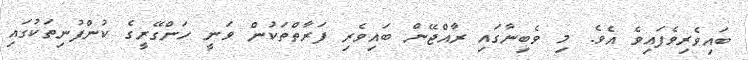
ބައިވެރިވެފައިވެ އެވެ. މި ވެބިނާގައި ރާއްޖޭން ބައިވެރި ފަރާތްތަކުން ވަނީ ހަންގޭރީގެ ކުންފުނިތަކުގައި